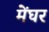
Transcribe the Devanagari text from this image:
मेंघर